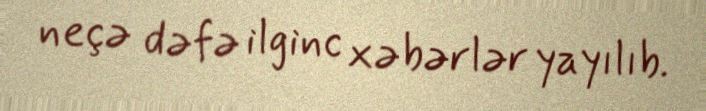
neçə dəfə ilginc xəbərlər yayılıb.